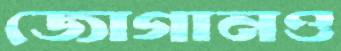
জোগানও